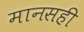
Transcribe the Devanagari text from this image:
मानसही